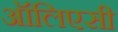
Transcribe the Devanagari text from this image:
ऑलिएसी